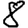
Digit: 8